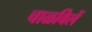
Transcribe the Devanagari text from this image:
चाळविलें